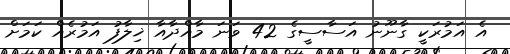
އެ އަމުރަކީ ގާނޫނު އަސާސީގެ 42 ވަނަ މާއްދާއާ ޚިލާފު އަމުރެއް ކަމަށް